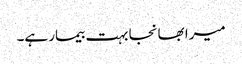
میرا بھانجا بہت بیمار ہے۔